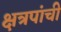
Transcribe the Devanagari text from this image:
क्षत्रपांची